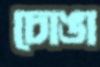
চোঙা